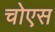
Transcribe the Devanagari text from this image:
चोएस